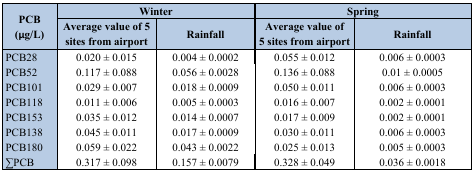
<table><thead><tr><td rowspan="3"><b>PCB (μg/L)</b></td><td colspan="2"><b>Winter</b></td><td colspan="2"><b>Spring</b></td></tr><tr><td><b>Average value of 5 sites from airport</b></td><td><b>Rainfall</b></td><td><b>Average value of 5 sites from airport</b></td><td><b>Rainfall</b></td></tr></thead><tbody><tr><td>PCB28</td><td>0.020 ± 0.015</td><td>0.004 ± 0.0002</td><td>0.055 ± 0.012</td><td>0.006 ± 0.0003</td></tr><tr><td>PCB52</td><td>0.117 ± 0.088</td><td>0.056 ± 0.0028</td><td>0.136 ± 0.088</td><td>0.01 ± 0.0005</td></tr><tr><td>PCB101</td><td>0.029 ± 0.007</td><td>0.018 ± 0.0009</td><td>0.050 ± 0.011</td><td>0.006 ± 0.0003</td></tr><tr><td>PCB118</td><td>0.011 ± 0.006</td><td>0.005 ± 0.0003</td><td>0.016 ± 0.007</td><td>0.002 ± 0.0001</td></tr><tr><td>PCB153</td><td>0.035 ± 0.012</td><td>0.014 ± 0.0007</td><td>0.017 ± 0.009</td><td>0.002 ± 0.0001</td></tr><tr><td>PCB138</td><td>0.045 ± 0.011</td><td>0.017 ± 0.0009</td><td>0.030 ± 0.011</td><td>0.006 ± 0.0003</td></tr><tr><td>PCB180</td><td>0.059 ± 0.022</td><td>0.043 ± 0.0022</td><td>0.025 ± 0.013</td><td>0.005 ± 0.0003</td></tr><tr><td>∑PCB</td><td>0.317 ± 0.098</td><td>0.157 ± 0.0079</td><td>0.328 ± 0.049</td><td>0.036 ± 0.0018</td></tr></tbody></table>